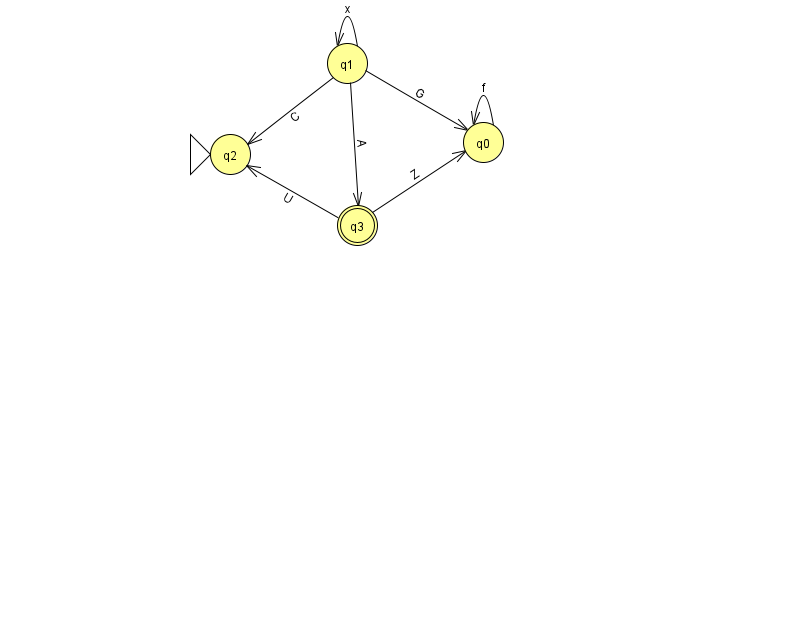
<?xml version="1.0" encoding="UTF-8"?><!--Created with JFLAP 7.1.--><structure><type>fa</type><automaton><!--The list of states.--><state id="0" name="q0"><x>483.0</x><y>129.0</y></state><state id="1" name="q1"><x>347.0</x><y>50.0</y></state><state id="2" name="q2"><x>230.0</x><y>141.0</y><initial/></state><state id="3" name="q3"><x>357.0</x><y>212.0</y><final/></state><!--The list of transitions.--><transition><from>1</from><to>3</to><read>A</read></transition><transition><from>3</from><to>2</to><read>U</read></transition><transition><from>1</from><to>0</to><read>G</read></transition><transition><from>1</from><to>2</to><read>C</read></transition><transition><from>0</from><to>0</to><read>f</read></transition><transition><from>1</from><to>1</to><read>x</read></transition><transition><from>3</from><to>0</to><read>Z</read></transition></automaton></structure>